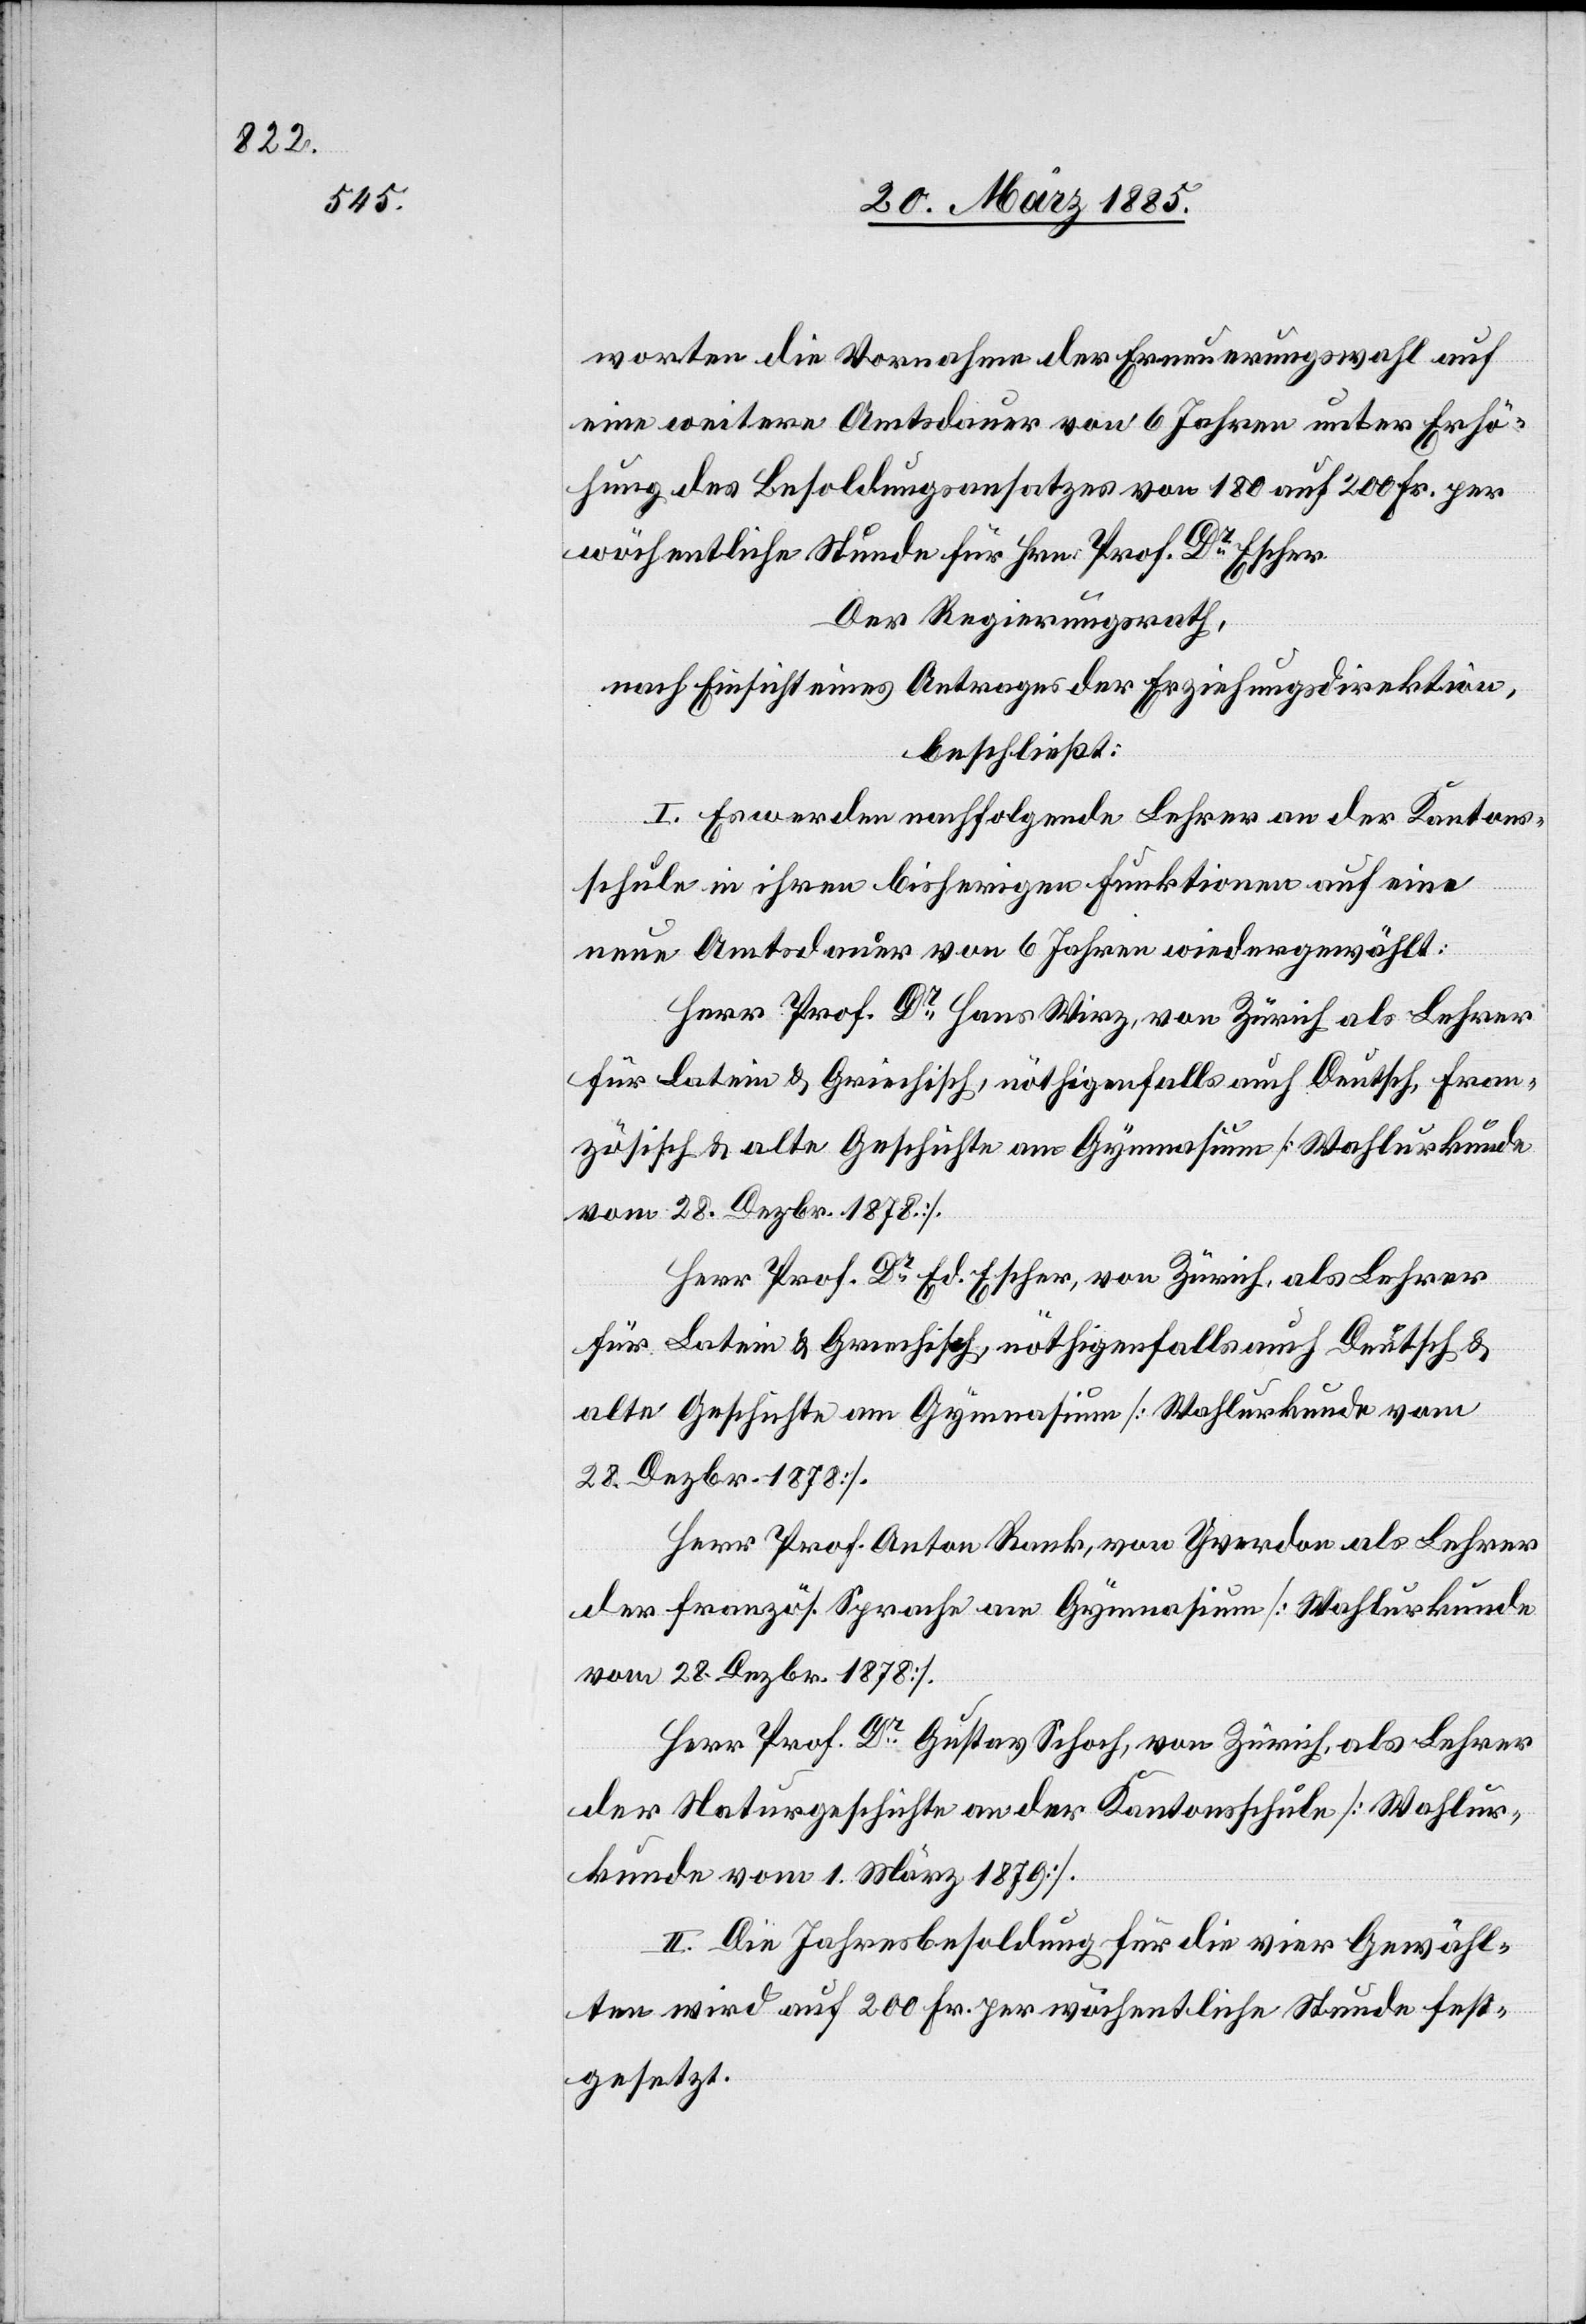
worten die Vornahme der Erneuerungswahl auf
eine weitere Amtsdauer von 6 Jahren unter Erhö¬
hung des Besoldungsansatzes von 180 auf 200 Fr. per
wöchentliche Stunde für Hrn. Prof. Dr Escher.
Der Regierungsrath,
nach Einsicht eines Antrages der Erziehungsdirektion,
beschließt:
I. Es werden nachfolgende Lehrer an der Kantons¬
schule in ihren bisherigen Funktionen auf eine
neue Amtsdauer von 6 Jahren wiedergewählt:
Herr Prof. Dr Hans Wirz, von Zürich als Lehrer
für Latein & Griechisch, nöthigenfalls auch Deutsch, Fran¬
zösisch & alte Geschichte am Gymnasium [Wahlurkunde
vom 28. Dezbr. 1878].
Herr Prof. Dr Ed. Escher, von Zürich, als Lehrer
für Latein & Griechisch, nöthigenfalls auch Deutsch &
alte Geschichte am Gymnasium [Wahlurkunde vom
28. Dezbr. 1870].
Herr Prof. Dr Anton Rank, von Yverdon als Lehrer
der französ. Sprache am Gymnasium [Wahlurkunde
vom 28. Dezbr. 1870].
Herr Prof. Dr Gustav Schoch, von Zürich, als Lehrer
der Naturgeschichte an der Kantonsschule [Wahlur¬
kunde vom 1. März 1879].
II. Die Jahresbesoldung für die vier Gewähl¬
ten wird auf 200 Fr. per wöchentliche Stunde fest¬
gesetzt.